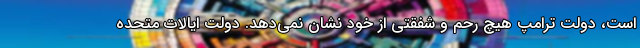
است، دولت ترامپ هیچ رحم و شفقتی از خود نشان نمی‌دهد. دولت ایالات متحده